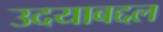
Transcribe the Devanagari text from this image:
उदयाबद्दल